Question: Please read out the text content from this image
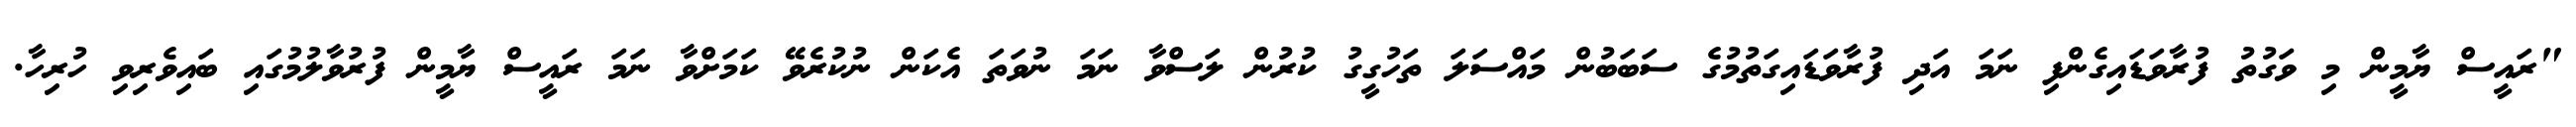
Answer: "ރައީސް ޔާމީން މި ވަގުތު ފުރާވަޑައިގެންފި ނަމަ އަދި ފުރާވަޑައިގަތުމުގެ ސަބަބުން މައްސަލަ ތަހުގީގު ކުރުން ލަސްވާ ނަމަ ނުވަތަ އެކަން ނުކުރެވޭ ކަމަށްވާ ނަމަ ރައީސް ޔާމީން ފުރުވާލުމުގައި ބައިވެރިވި ހުރިހާ.